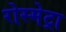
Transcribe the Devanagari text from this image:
रोस्मेट्रा